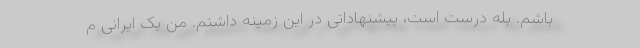
باشم. بله درست است، پیشنهاداتی در این زمینه داشتم. من یک ایرانی م